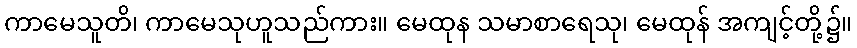
ကာမေသူတိ၊ ကာမေသုဟူသည်ကား။ မေထုန သမာစာရေသု၊ မေထုန် အကျင့်တို့၌။